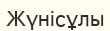
Жүнісұлы